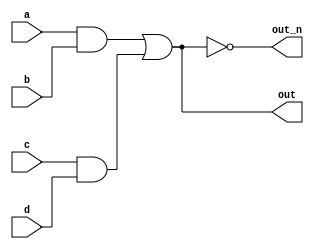
// donot recognize undeclared signal as wire
`default_nettype none

module top_module(
    input a,
    input b,
    input c,
    input d,
    output out,
    output out_n   ); 

    wire temp1, temp2;
    assign temp1 = a && b;
    assign temp2 = c && d;

    assign out = temp1 || temp2;
    assign out_n = ~(temp1 || temp2);

endmodule